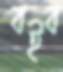
বইব